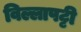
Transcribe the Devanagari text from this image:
विल्लापट्टी